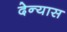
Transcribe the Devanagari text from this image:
देन्यास